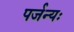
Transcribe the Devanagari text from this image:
पर्जन्यः